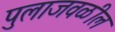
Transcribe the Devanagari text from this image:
पुलाजवळील